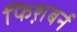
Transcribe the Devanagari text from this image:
फिश़बर्न